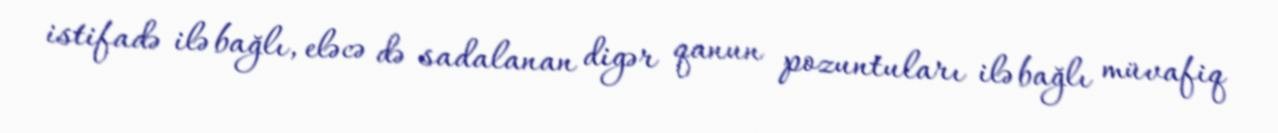
istifadə ilə bağlı, eləcə də sadalanan digər qanun pozuntuları ilə bağlı müvafiq